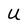
Character: U